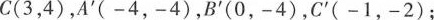
C(3，4)，A'(-4，-4)，B'(0，-4)，C'(-1，-2)；